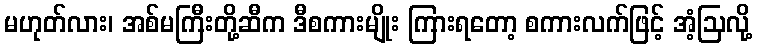
မဟုတ်လား၊ အစ်မကြီးတို့ဆီက ဒီစကားမျိုး ကြားရတော့ စကားလက်ဖြင့် အံ့ဩလို့